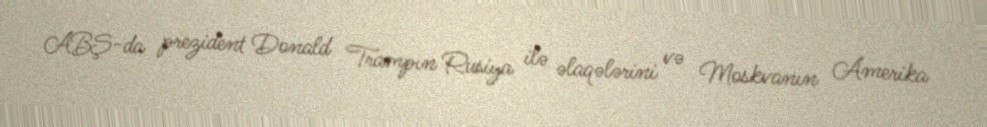
ABŞ-da prezident Donald Trampın Rusiya ilə əlaqələrini və Moskvanın Amerika